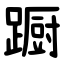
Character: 蹰